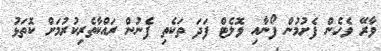
ވާރޭ ވެހެން ފެށުމުން ފޯނާއި ވޮލެޓް ފަދަ ތަކެތި ފެނުން ރައްކާތެރިކުރުމަށް ކޮތަޅު